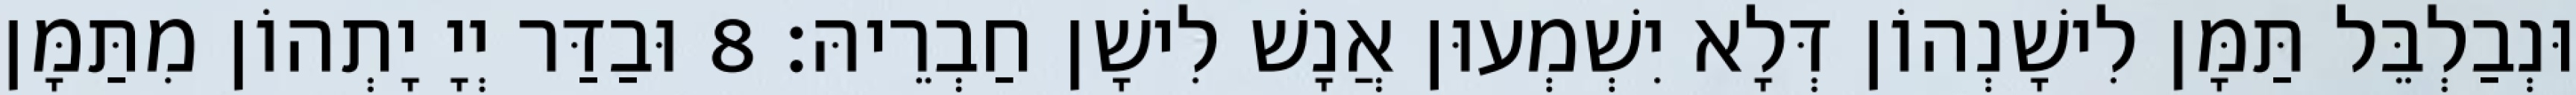
וּנְבַלְבֵּל תַּמָּן לִישָׁנְהוֹן דְּלָא יִשְׁמְעוּן אֲנָשׁ לִישָׁן חַבְרֵיהּ׃ 8 וּבַדַּר יְיָ יָתְהוֹן מִתַּמָּן